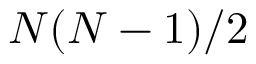
N ( N - 1 ) / 2